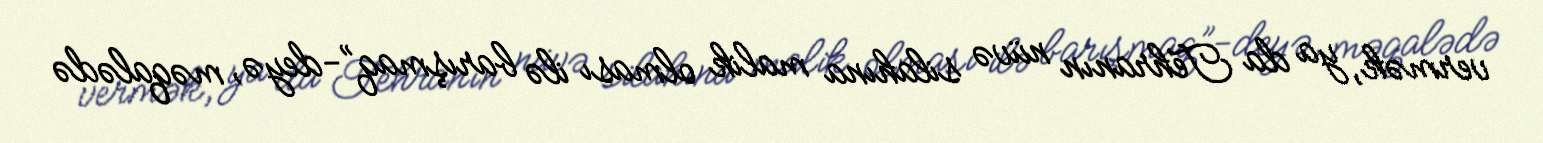
vermək, ya da Tehranın nüvə silahına malik olması ilə barışmaq”-deyə, məqalədə